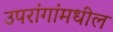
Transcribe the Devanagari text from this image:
उपरांगांमधील